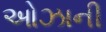
ઓઝાની